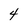
Character: 4